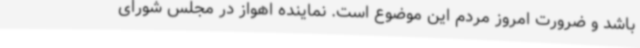
باشد و ضرورت امروز مردم این موضوع است. نماینده اهواز در مجلس شورای